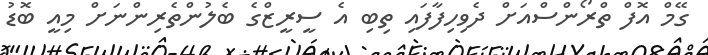
ގޭމް އޮފް ތްރޯންސްއަށް ދެވިހިފާފައި ތިބި އެ ސީރީޒްގެ ބެލުންތެރިންނަށް މިއީ ބޮޑު